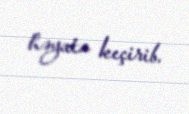
həyata keçirib.